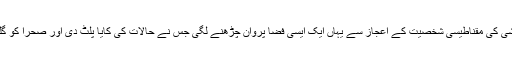
ڈاکٹر نثار احمد قریشی کی مقناطیسی شخصیت کے اعجاز سے یہاں ایک ایسی فضا پروان چڑھنے لگی جس نے حالات کی کایا پلٹ دی اور صحرا کو گلزار میں بدل دیا گیا۔